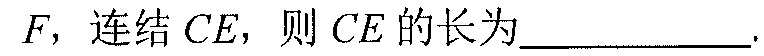
\(F\)，连结\(CE\)，则\(CE\)的长为\(\underline{\qquad\qquad}\).